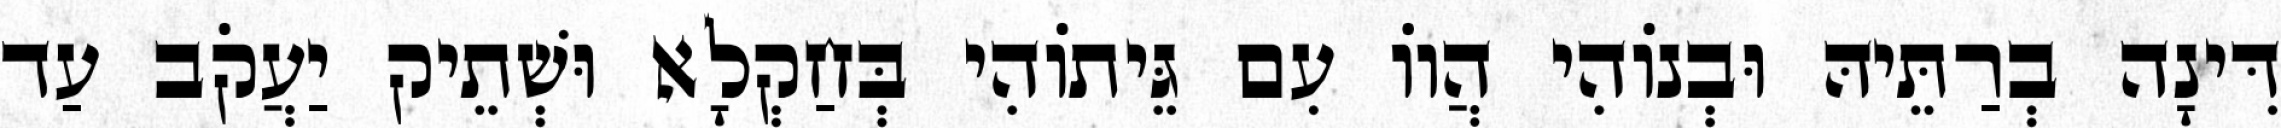
דִּינָה בְרַתֵּיהּ וּבְנוֹהִי הֲווֹ עִם גֵּיתוֹהִי בְּחַקְלָא וּשְׁתֵיק יַעֲקֹב עַד